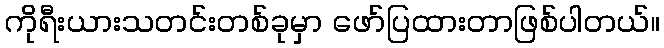
ကိုရီးယားသတင်းတစ်ခုမှာ ဖော်ပြထားတာဖြစ်ပါတယ်။